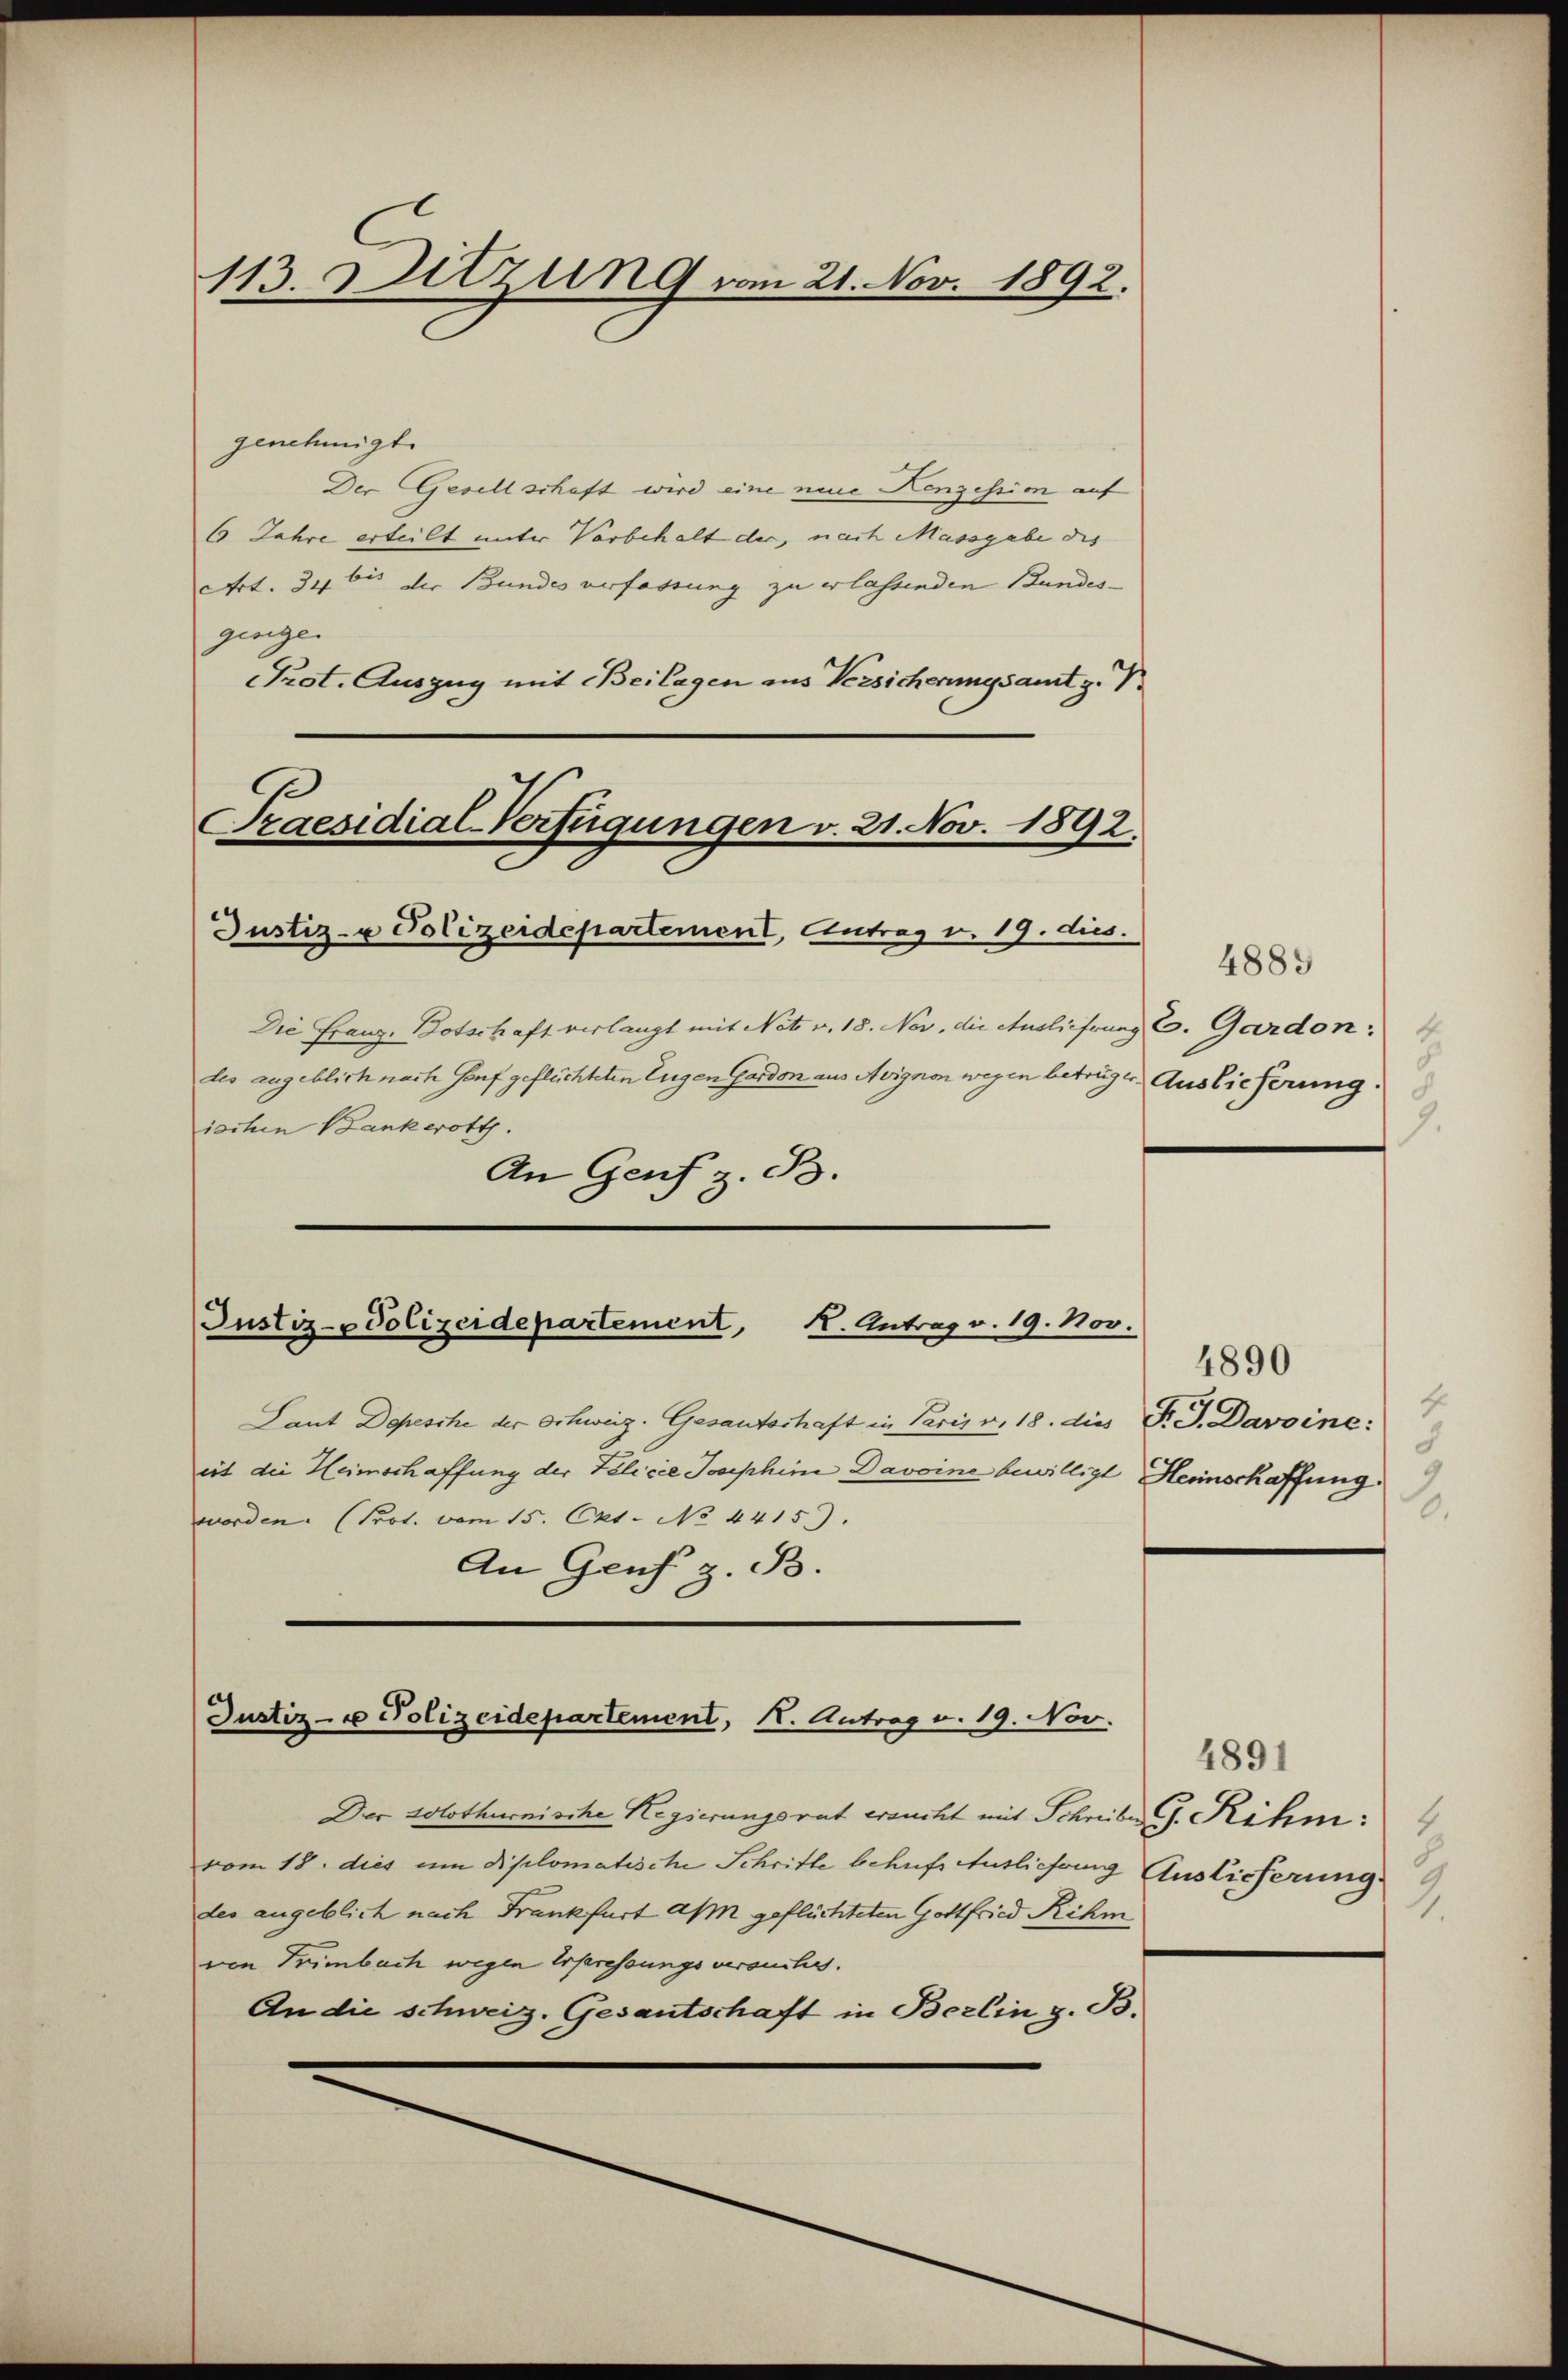
113. Sitzung vom 21. Nov. 1892.

genehmigt
Der Gesellschaft wird eine neue Kenzession auf
6 Jahre erteilt unter Vorbehalt der, nach Massgabe des
Art. 34 bis der Bundes verfassung zu erlassenden Bundes-
ginigen
Prot. Auszug mit Beilagen aus Versicherungsamt z. Pr
Praesidial-Verfügungen v. 21. Nov. 1892.

Justiz- u Polizeidepartement, Antrag v. 19. dies

des angeblich nach Genf geflüchteten Eugen Gardon aus Avignon wegen betrüger Auslieferung.
ischen Bankwott.
An Genf z. B.

Die Franz. Botschaft verlangt mit Netz v. 18. Nov, die Auslieferung C. Gardon.

Justiz-Polizeidepartement,
K. Antrag v. 19. Nov.

Justiz- u Polizeidepartement, 1. Antrag v. 19. Nov.

4889
7.

Laut Depesche der Schweiz. Gesantschaft in Paris v. 18. dies P. D. Davoine:
eit die Heimschaffung der Telicie Josephine Davoine bewilligt Heinschaffung.
worden. (Prot. vom 15. Okt. No. 4415.)
An Grus z. B.

Der Solothurnische Regierungsrat ersucht mit Schreiber G. Rihm.
vom 18. dies um Diplomatische Schritte behufs Auslieferung Auslieferung
des angeblich nach Frankfurt an geflüchteten Gottfried Rihm
ven Trimbach wegen Erpressungsversuches.
An die schweiz. Gesantschaft in Berlin z. B.

4890
4
d
2.

4891
4
2.